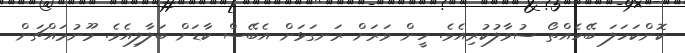
ކޮންކަހަލަ ބޭހެއްތޯ ސުވާލުކުރިއެވެ. ހީން ވަރަށް ރަނގަޅަށް އެބޭސް ކާޑަށް ބަލާލިއެވެ. މޫނުމައްޗަށް